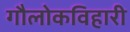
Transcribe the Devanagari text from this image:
गौलोकविहारी